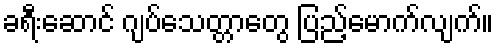
ခရီးဆောင် ဂျပ်သေတ္တာတွေ ပြည့်မောက်လျက်။